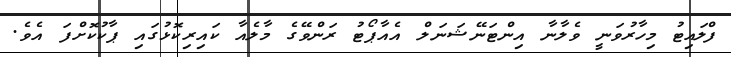
ފްލައިޓު މިހާރުވަނީ ވެލާނާ އިންޓަނޭޝަނަލް އެއާޕޯޓު ރަންވޭގެ މާލެއާ ކައިރިކޮޅުގައި ޕާކުކޮށްފަ އެވެ.